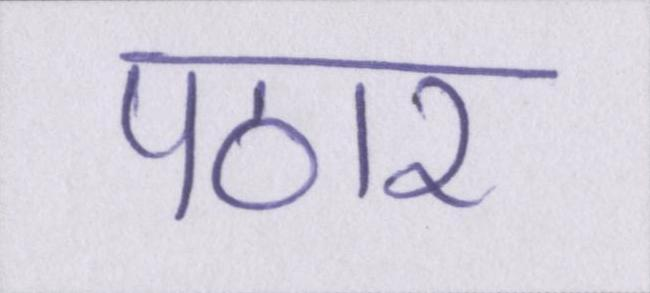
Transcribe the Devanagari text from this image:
पठार